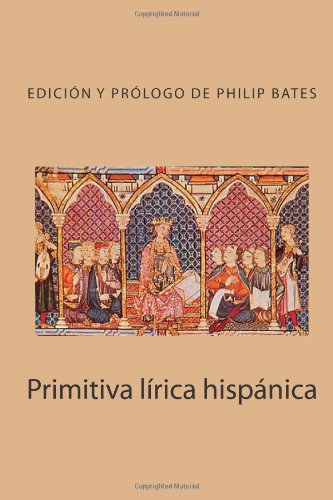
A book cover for Primitiva lÃ­rica hispÃ¡nica (Volume 1) (Spanish Edition); Varios; Literature & Fiction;